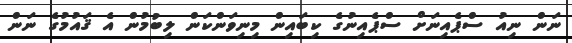
ނަން ނިއު ސްޕެއިނަށް ސްޕެއިނުގެ ކިބައިން މިނިވަންކަން ލިބުމުން އެ ޤައުމުގެ ނަން